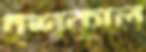
ইশকুলে